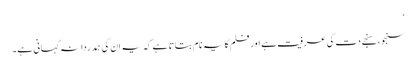
‘
سنجو، سنجے دت کی عرفیت ہے اور فلم کا یہ نام بتاتا ہے کہ یہ ان کی ہمدردانہ کہانی ہے۔